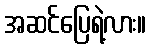
အဆင်ပြေရဲ့လား။